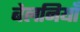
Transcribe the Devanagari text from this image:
बेलनियाँ